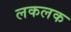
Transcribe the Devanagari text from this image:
लकलक